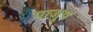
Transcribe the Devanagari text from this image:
पाजुष